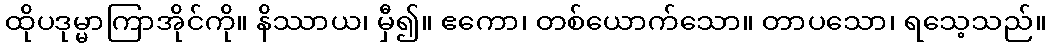
ထိုပဒုမ္မာကြာအိုင်ကို။ နိဿာယ၊ မှီ၍။ ဧကော၊ တစ်ယောက်သော။ တာပသော၊ ရသေ့သည်။